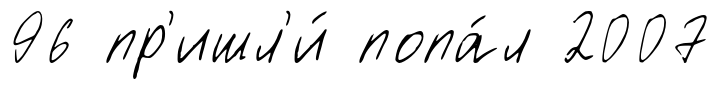
96 пр'ишл'и́ попа́л 2007